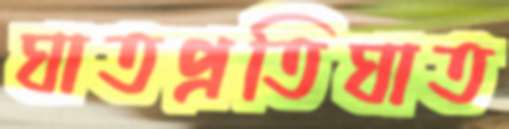
ঘাতপ্রতিঘাত